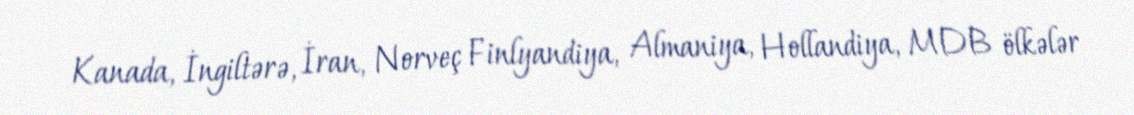
Kanada, İngiltərə, İran, Norveç Finlyandiya, Almaniya, Hollandiya, MDB ölkələr